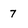
Character: 7